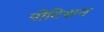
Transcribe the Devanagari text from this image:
पीटिशन